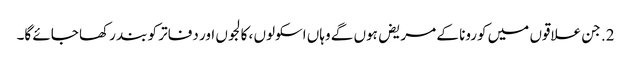
2. جن علاقوں میں کورونا کے مریض ہوں گے وہاں اسکولوں ، کالجوں اور دفاتر کو بند رکھا جائے گا۔